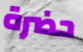
حضرة